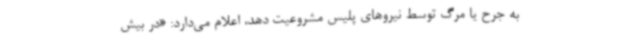
به جرح یا مرگ توسط نیروهای پلیس مشروعیت دهد، اعلام می‌دارد: «در بیش